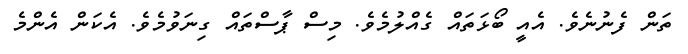
ތަން ފެނުނެވެ. އެއީ ބޯޅަތައް ގެއްލުމެވެ. މިސް ޕާސްތައް ގިނަވުމެވެ. އެކަން އެންމެ